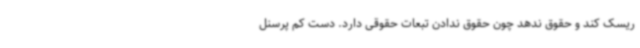
ریسک کند و حقوق ندهد چون حقوق ندادن تبعات حقوقی دارد. دست کم پرسنل